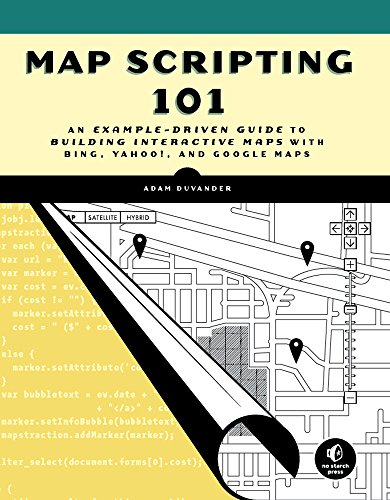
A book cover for Map Scripting 101: An Example-Driven Guide to Building Interactive Maps with Bing, Yahoo!, and Google Maps; Adam DuVander; Science & Math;